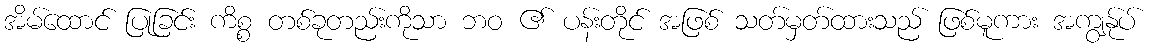
အိမ်ထောင် ပြုခြင်း ကိစ္စ တစ်ခုတည်းကိုသာ ဘဝ ၏ ပန်းတိုင် အဖြစ် သတ်မှတ်ထားသည် ဖြစ်မူကား အကျွန်ုပ်